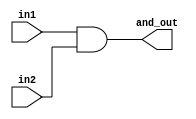
module and_module(and_out, in1, in2);
input in1,in2;
output and_out;
assign and_out = in1 & in2;
endmodule

module or_module(or_out, in1, in2);
input in1, in2;
output or_out;
assign or_out = in1|in2;
endmodule

module first_system(out1, out2, in1, in2);
input in1, in2;
output out1, out2;
wire and_out, or_out;

and_module U1(.and_out(and_out), .in1(in1), .in2(in2));
or_module U2(.or_out(or_out), .in1(in1),.in2(in2));

assign out1 = and_out ^ or_out;
assign out2 = ~ in2;
endmodule